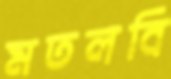
মতলবি